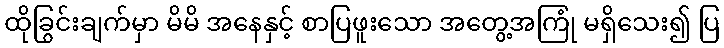
ထိုခြွင်းချက်မှာ မိမိ အနေနှင့် စာပြဖူးသော အတွေ့အကြုံ မရှိသေး၍ ပြ